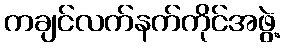
ကချင်လက်နက်ကိုင်အဖွဲ့